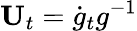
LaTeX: \mathbf{U}_{t}=\dot{g}_{t}g^{-1}